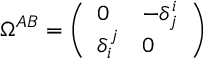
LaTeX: \Omega ^ { A B } = \left( \begin{array} { l l } { { 0 } } & { { - \delta _ { j } ^ { i } } } \\ { { \delta _ { i } ^ { j } } } & { { 0 } } \end{array} \right)